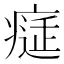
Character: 𤸕